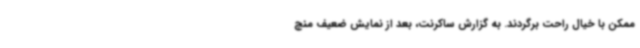
ممکن با خیال راحت برگردند. به گزارش ساکرنت، بعد از نمایش ضعیف منچ